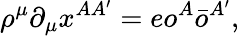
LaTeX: \rho^{\mu}\partial_{\mu}x^{AA^{\prime}}=eo^{A}\bar{o}^{A^{\prime}},